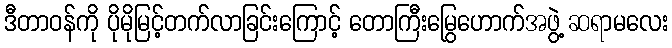
ဒီတာဝန်ကို ပိုမိုမြင့်တက်လာခြင်းကြောင့် တောကြီးမြွေဟောက်အဖွဲ့ ဆရာမလေး